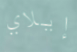
إيلاي